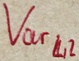
Text: Varl2